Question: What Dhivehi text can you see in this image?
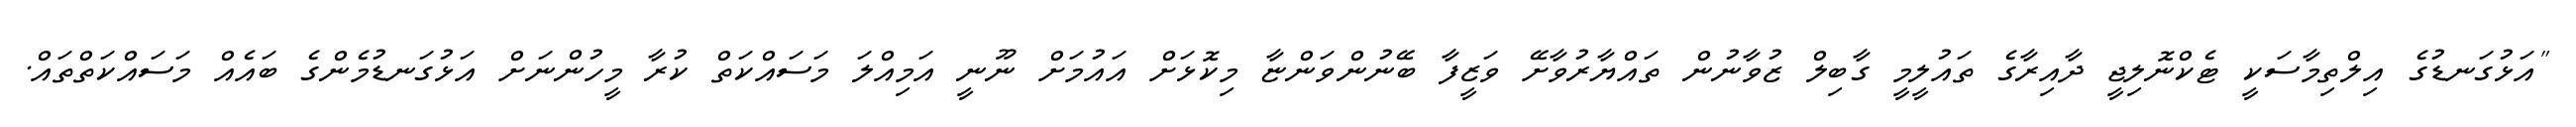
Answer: "އަޅުގަނޑުގެ އިލްތިމާސަކީ ޓެކްނޮލިޖީ ދާއިރާގެ ތައުލީމީ ގާބިލް ޒުވާނުން ތައްޔާރުވާށޭ ވަޒީފާ ބޭނުންވަންޏާ މިކޮޅަށް އައުމަށް ނޫނީ އަމިއްލަ މަސައްކަތް ކުރާ މީހުންނަށް އަޅުގަނޑުމެންގެ ބައެއް މަސައްކަތްތައް.